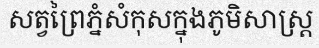
សត្វព្រៃភ្នំសំកុសក្នុងភូមិសាស្ត្រ